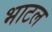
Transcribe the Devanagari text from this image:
भाटल